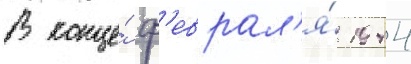
В конце́ ф'еврал'я́ 1944